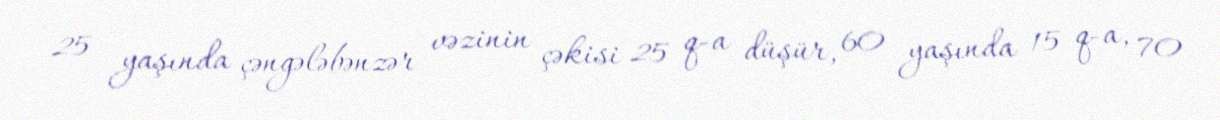
25 yaşında çəngələbənzər vəzinin çəkisi 25 q-a düşür, 60 yaşında 15 q-a, 70